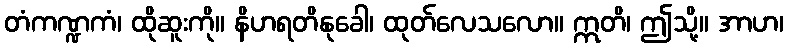
တံကဏ္ဍကံ၊ ထိုဆူးကို။ နိဟရတိနုခေါ၊ ထုတ်လေသလော။ ဣတိ၊ ဤသို့။ အာဟ၊